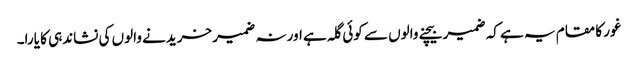
غور کا مقام یہ ہے کہ ضمیر بیچنے والوں سے کوئی گلہ ہے اور نہ ضمیر خریدنے والوں کی نشاندہی کا یارا۔